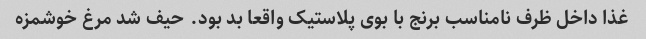
غذا داخل ظرف نامناسب برنج با بوی پلاستیک واقعا بد بود. حیف شد مرغ خوشمزه